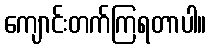
ကျောင်းတက်ကြရတာပါ။